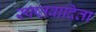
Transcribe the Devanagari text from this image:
स्पष्तवादिता